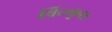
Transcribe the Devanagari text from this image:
बिल्कुछ